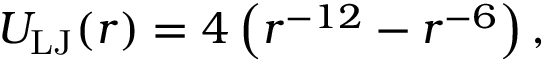
U _ { \mathrm { { L J } } } ( r ) = 4 \left( r ^ { - 1 2 } - r ^ { - 6 } \right) ,